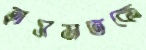
হাসমতকে